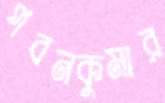
পবনকুমার